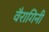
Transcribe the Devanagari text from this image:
वैरागिनी